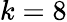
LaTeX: k=8